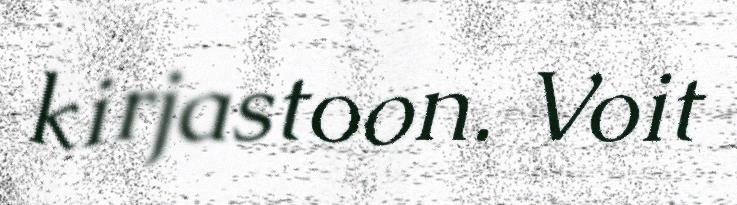
kirjastoon. Voit